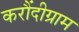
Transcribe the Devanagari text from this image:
करौंदीग्राम